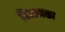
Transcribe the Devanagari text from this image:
बिआनका